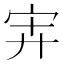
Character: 𰌹